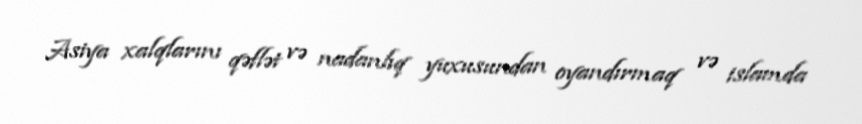
Asiya xalqlarını qəflət və nadanlıq yuxusundan oyandırmaq və islamda